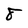
Character: 8